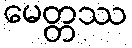
မေတ္တဿ